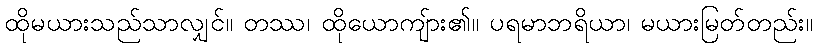
ထိုမယားသည်သာလျှင်။ တဿ၊ ထိုယောကျ်ား၏။ ပရမာဘရိယာ၊ မယားမြတ်တည်း။